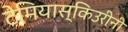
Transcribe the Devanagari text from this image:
टेमियास्किउरीनी